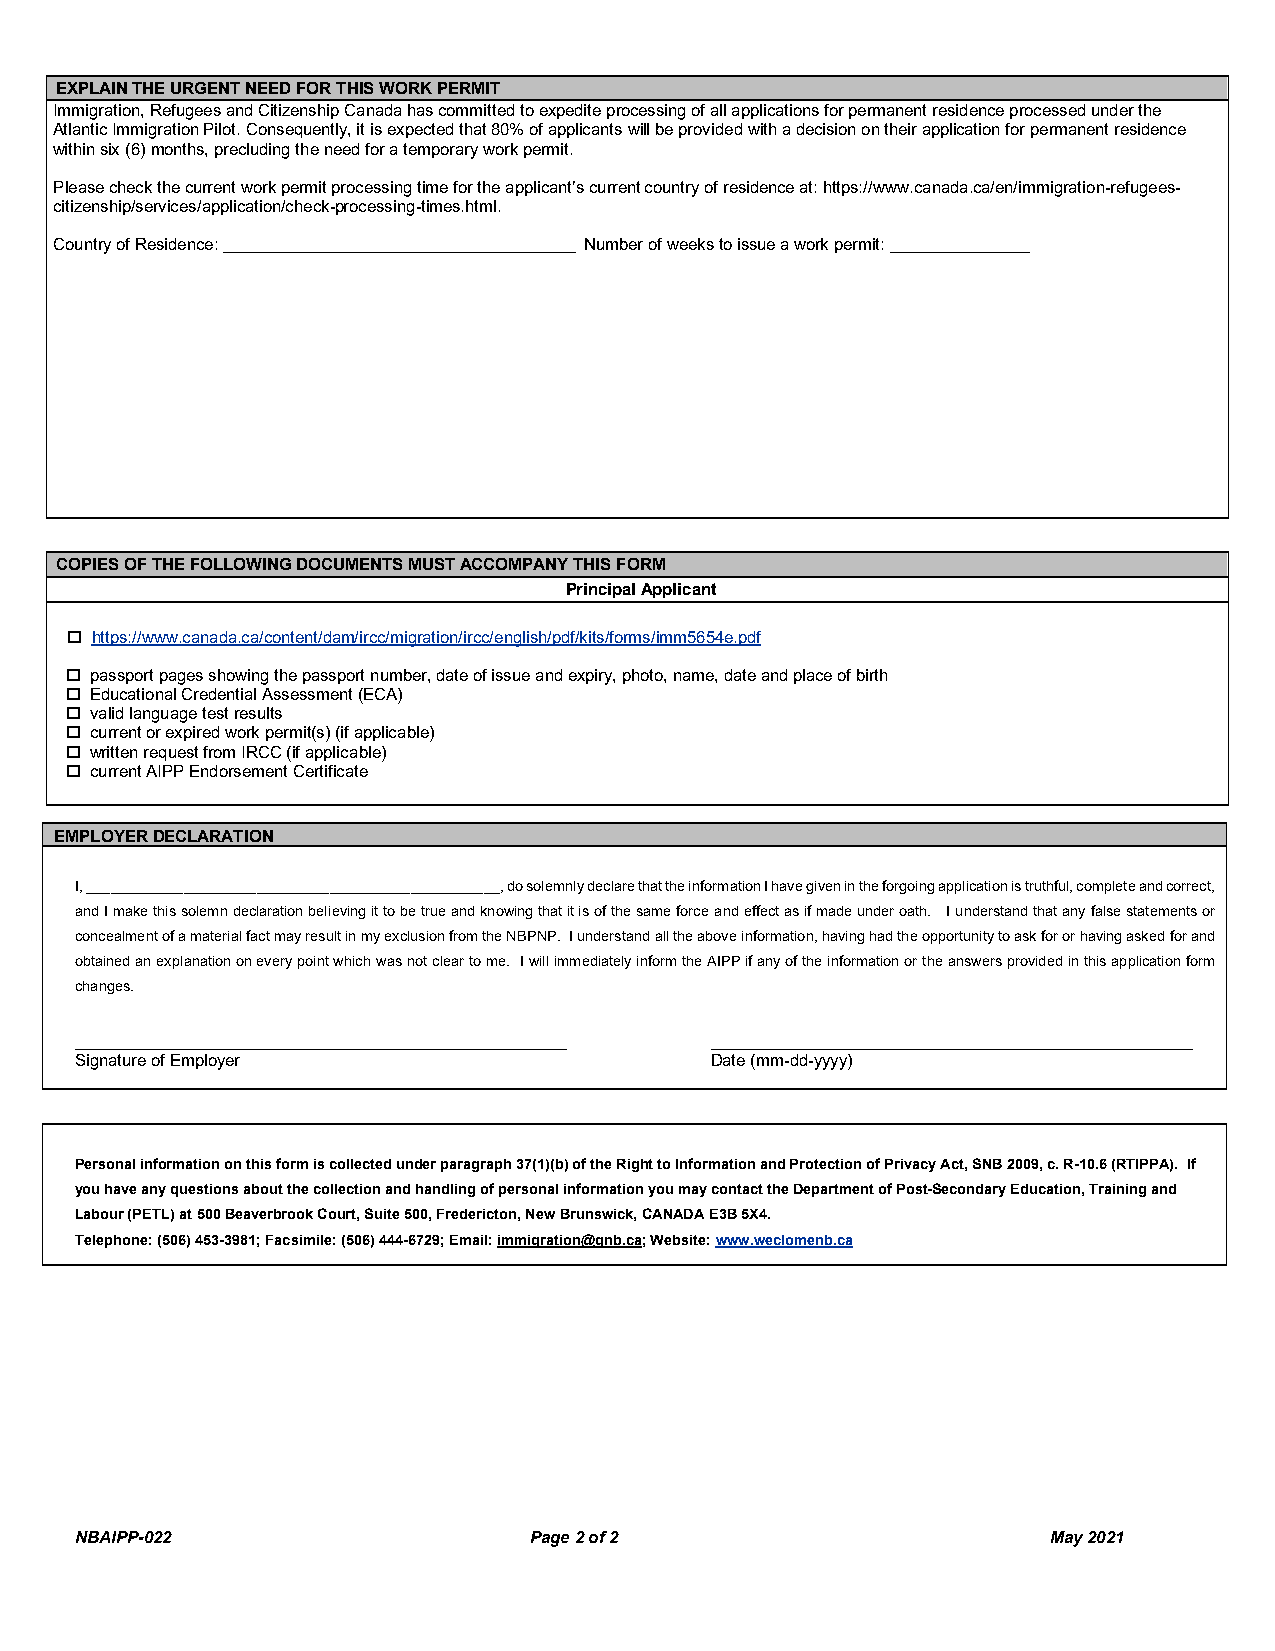
EXPLAIN THE URGENT NEED FOR THIS WORK PERMIT
 Immigration, Refugees and Citizenship Canada has committed to expedite processing of all applications for permanent residence processed under the
 Atlantic Immigration Pilot. Consequently, it is expected that 80% of applicants will be provided with a decision on their application for permanent residence
 within six (6) months, precluding the need for a temporary work permit.
 Please check the current work permit processing time for the applicant’s current country of residence at: https://www.canada.ca/en/immigration-refugees-
 citizenship/services/application/check-processing-times.html.
 Country of Residence: ______________________________________ Number of weeks to issue a work permit: _______________
 COPIES OF THE FOLLOWING DOCUMENTS MUST ACCOMPANY THIS FORM
 Principal Applicant
  https://www.canada.ca/content/dam/ircc/migration/ircc/english/pdf/kits/forms/imm5654e.pdf
  passport pages showing the passport number, date of issue and expiry, photo, name, date and place of birth
  Educational Credential Assessment (ECA)
  valid language test results
  current or expired work permit(s) (if applicable)
  written request from IRCC (if applicable)
  current AIPP Endorsement Certificate
 EMPLOYER DECLARATION
 I, ___________________________________________________, do solemnly declare that the information I have given in the forgoing application is truthful, complete and correct,
 and I make this solemn declaration believing it to be true and knowing that it is of the same force and effect as if made under oath. I understand that any false statements or
 concealment of a material fact may result in my exclusion from the NBPNP. I understand all the above information, having had the opportunity to ask for or having asked for and
 obtained an explanation on every point which was not clear to me. I will immediately inform the AIPP if any of the information or the answers provided in this application form
 changes.
 _____________________________________________________ ____________________________________________________
 Signature of Employer                     Date (mm-dd-yyyy)
 Personal information on this form is collected under paragraph 37(1)(b) of the Right to Information and Protection of Privacy Act, SNB 2009, c. R-10.6 (RTIPPA). If
 you have any questions about the collection and handling of personal information you may contact the Department of Post-Secondary Education, Training and
 Labour (PETL) at 500 Beaverbrook Court, Suite 500, Fredericton, New Brunswick, CANADA E3B 5X4.
 Telephone: (506) 453-3981; Facsimile: (506) 444-6729; Email: immigration@gnb.ca; Website: www.weclomenb.ca
 NBAIPP-022                    Page 2 of 2                        May 2021